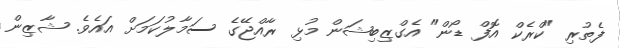
ފެތުރި "ކްރެކް އޮފް ޑޯން" އެގްޒިބިޝަން މުޅި ރާއްޖޭގެ ސަމާލުކަމަށް އައެވެ. ޝާޒިން